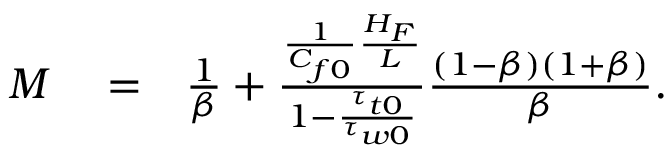
\begin{array} { r l r } { M } & { { } = } & { \frac { 1 } { \beta } + \frac { \frac { 1 } { C _ { f 0 } } \frac { H _ { F } } { L } } { 1 - \frac { \tau _ { t 0 } } { \tau _ { w 0 } } } \frac { ( 1 - \beta ) ( 1 + \beta ) } { \beta } . } \end{array}